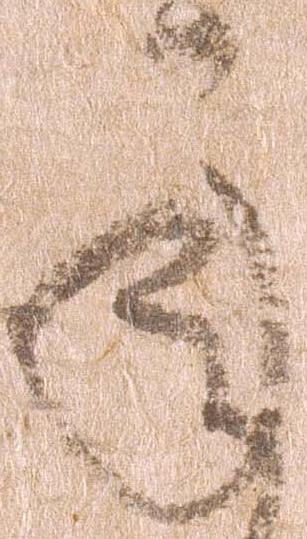
承